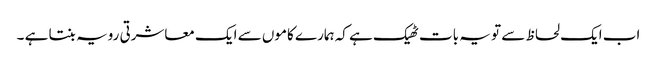
اب ایک لحاظ سے تو یہ بات ٹھیک ہے کہ ہمارے کاموں سے ایک معاشرتی رویہ بنتا ہے ۔